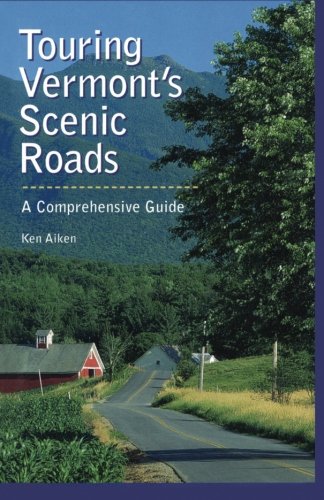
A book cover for Touring Vermont's Scenic Roads: A Comprehensive Guide; Kenneth Aiken; Travel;